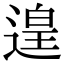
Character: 遑